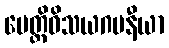
ပေတ္တိဝိသယဂမနီယာ